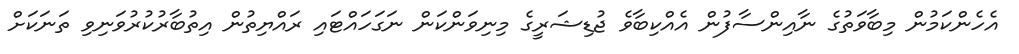
އެހެންކަމުން މިބާވަތުގެ ނާއިންސާފުން އެއްކިބާވެ ޖުޑިޝަރީގެ މިނިވަންކަން ނަގަހައްޓައި ރައްޔިތުން އިތުބާރުކުރުވަނިވި ތަނަކަށް